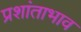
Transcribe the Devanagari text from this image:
प्रशांताभाव